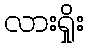
လားရှိုး